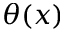
\theta ( x )